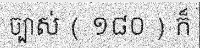
ច្បាស់ ( ១៨០ ) ក៏